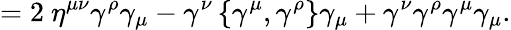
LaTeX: =2\ \eta^{\mu\nu}\gamma^{\rho}\gamma_{\mu}-\gamma^{\nu}\left\{ \gamma^{\mu},\gamma^{\rho}\right\} \gamma_{\mu}+\gamma^{\nu}\gamma^{\rho}\gamma^{\mu}\gamma_{\mu}.